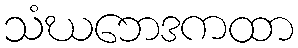
သံဃဘေဒကထာ